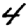
Digit: 4